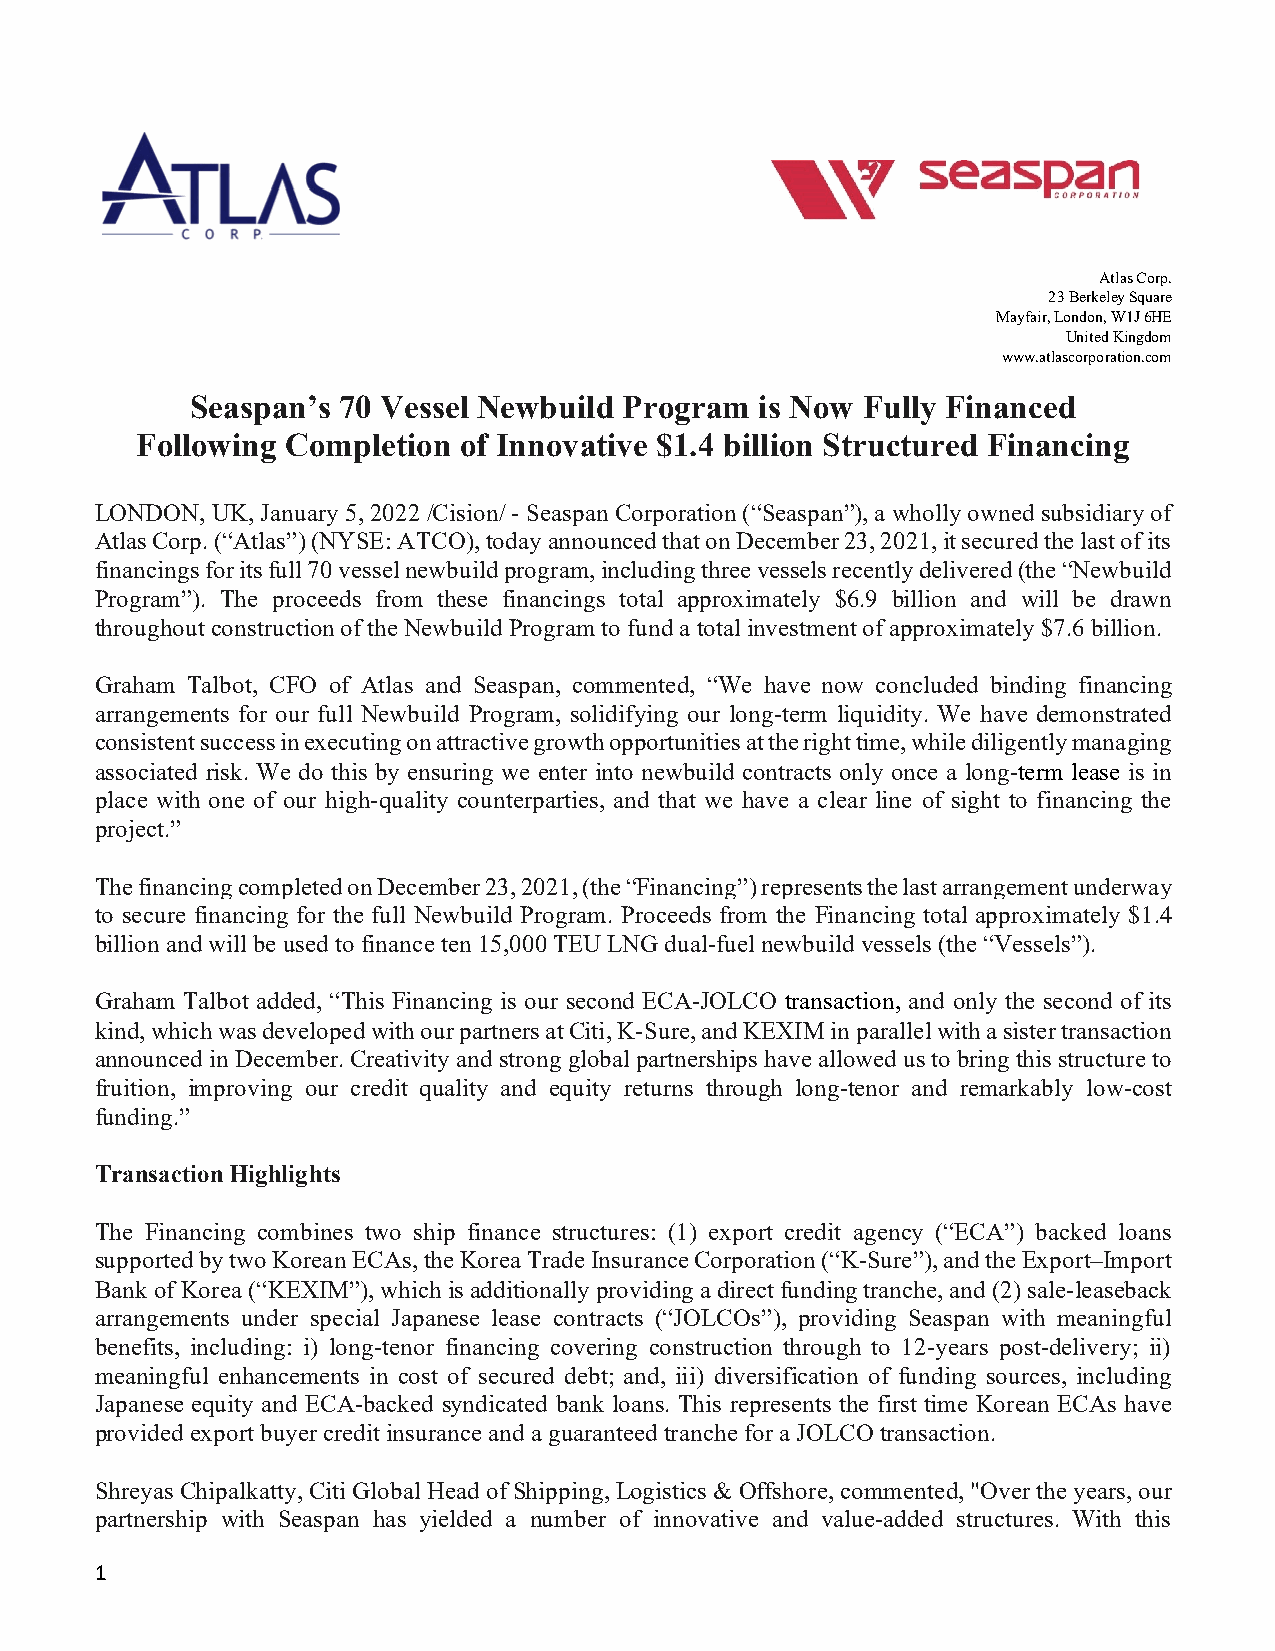
Atlas Corp.
 23 Berkeley Square
 Mayfair, London, W1J 6HE
 United Kingdom
 www.atlascorporation.com
 Seaspan’s 70 Vessel Newbuild Program is Now Fully Financed
 Following Completion of Innovative $1.4 billion Structured Financing
 LONDON, UK, January 5, 2022 /Cision/ - Seaspan Corporation (“Seaspan”), a wholly owned subsidiary of
 Atlas Corp. (“Atlas”) (NYSE: ATCO), today announced that on December 23, 2021, it secured the last of its
 financings for its full 70 vessel newbuild program, including three vessels recently delivered (the “Newbuild
 Program”). The proceeds from these financings total approximately $6.9 billion and will be drawn
 throughout construction of the Newbuild Program to fund a total investment of approximately $7.6 billion.
 Graham Talbot, CFO of Atlas and Seaspan, commented, “We have now concluded binding financing
 arrangements for our full Newbuild Program, solidifying our long-term liquidity. We have demonstrated
 consistent success in executing on attractive growth opportunities at the right time, while diligently managing
 associated risk. We do this by ensuring we enter into newbuild contracts only once a long-term lease is in
 place with one of our high-quality counterparties, and that we have a clear line of sight to financing the
 project.”
 The financing completed on December 23, 2021, (the “Financing”) represents the last arrangement underway
 to secure financing for the full Newbuild Program. Proceeds from the Financing total approximately $1.4
 billion and will be used to finance ten 15,000 TEU LNG dual-fuel newbuild vessels (the “Vessels”).
 Graham Talbot added, “This Financing is our second ECA-JOLCO transaction, and only the second of its
 kind, which was developed with our partners at Citi, K-Sure, and KEXIM in parallel with a sister transaction
 announced in December. Creativity and strong global partnerships have allowed us to bring this structure to
 fruition, improving our credit quality and equity returns through long-tenor and remarkably low-cost
 funding.”
 Transaction Highlights
 The Financing combines two ship finance structures: (1) export credit agency (“ECA”) backed loans
 supported by two Korean ECAs, the Korea Trade Insurance Corporation (“K-Sure”), and the Export–Import
 Bank of Korea (“KEXIM”), which is additionally providing a direct funding tranche, and (2) sale-leaseback
 arrangements under special Japanese lease contracts (“JOLCOs”), providing Seaspan with meaningful
 benefits, including: i) long-tenor financing covering construction through to 12-years post-delivery; ii)
 meaningful enhancements in cost of secured debt; and, iii) diversification of funding sources, including
 Japanese equity and ECA-backed syndicated bank loans. This represents the first time Korean ECAs have
 provided export buyer credit insurance and a guaranteed tranche for a JOLCO transaction.
 Shreyas Chipalkatty, Citi Global Head of Shipping, Logistics & Offshore, commented, "Over the years, our
 partnership with Seaspan has yielded a number of innovative and value-added structures. With this
 1